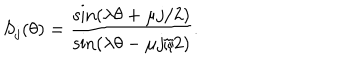
LaTeX: S _ { j } ( \theta ) = { \frac { \sin ( \lambda \theta + \mu j / 2 ) } { \sin ( \lambda \theta - \mu j / 2 ) } } .